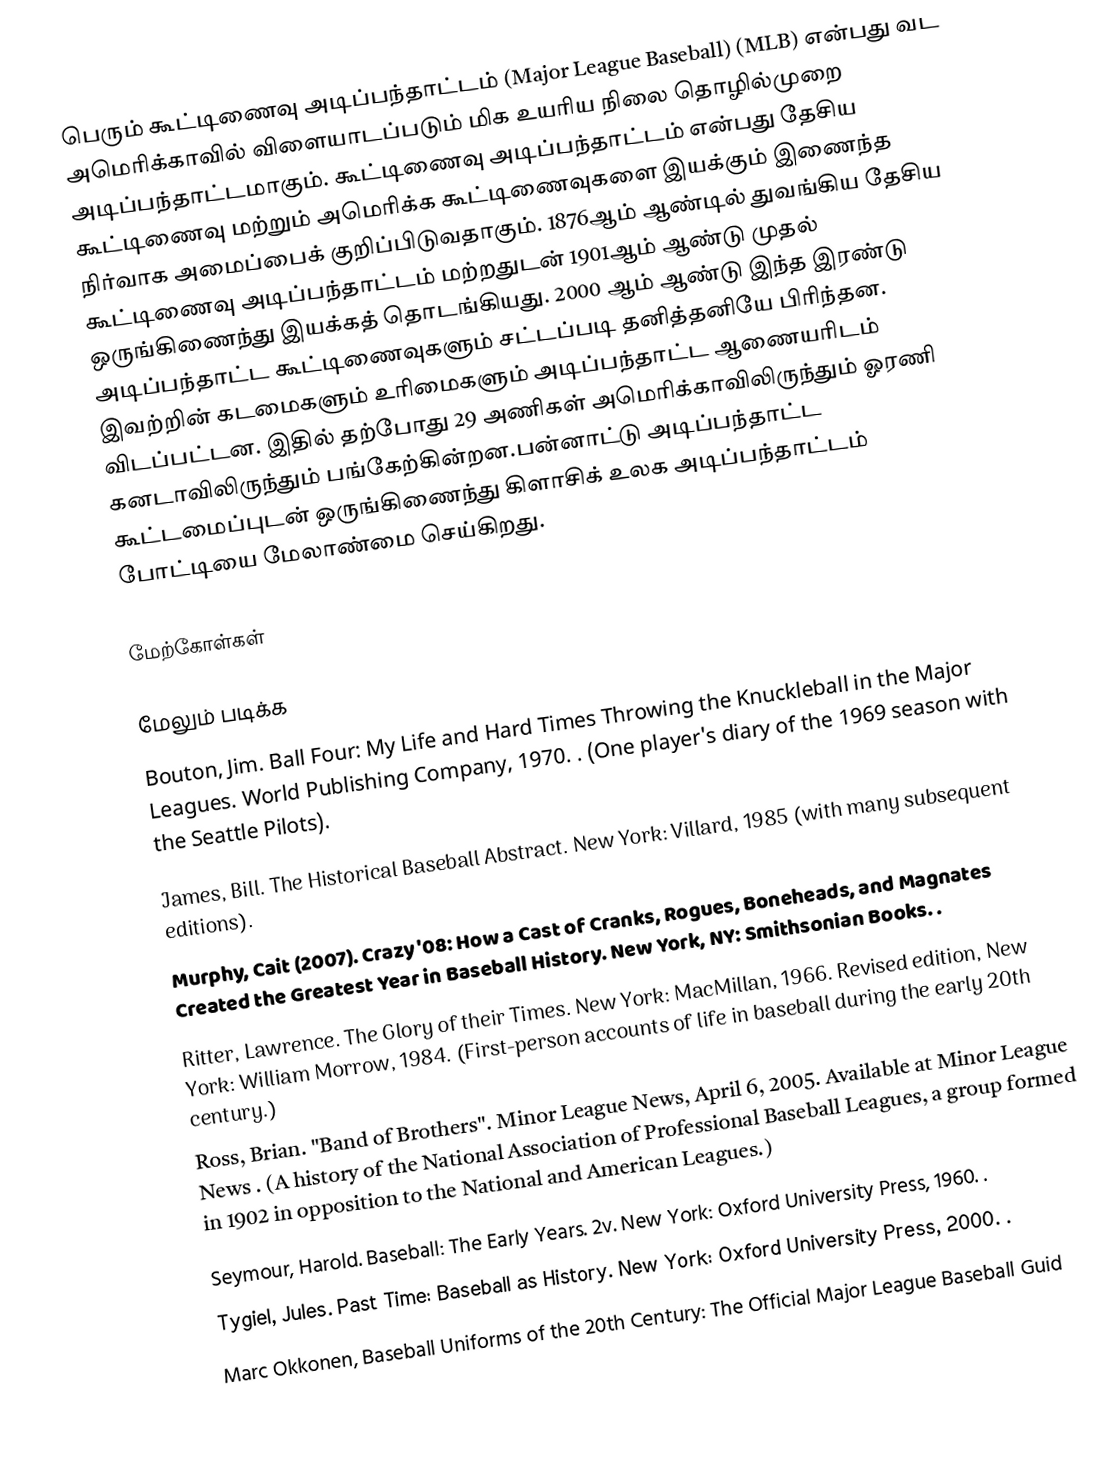
பெரும் கூட்டிணைவு அடிப்பந்தாட்டம்  (Major League Baseball) (MLB) என்பது வட அமெரிக்காவில் விளையாடப்படும் மிக உயரிய நிலை தொழில்முறை அடிப்பந்தாட்டமாகும். கூட்டிணைவு அடிப்பந்தாட்டம் என்பது தேசிய கூட்டிணைவு மற்றும் அமெரிக்க கூட்டிணைவுகளை இயக்கும் இணைந்த நிர்வாக அமைப்பைக் குறிப்பிடுவதாகும். 1876ஆம் ஆண்டில் துவங்கிய தேசிய கூட்டிணைவு அடிப்பந்தாட்டம் மற்றதுடன் 1901ஆம் ஆண்டு முதல் ஒருங்கிணைந்து இயக்கத் தொடங்கியது. 2000 ஆம் ஆண்டு இந்த இரண்டு அடிப்பந்தாட்ட கூட்டிணைவுகளும் சட்டப்படி தனித்தனியே பிரிந்தன. இவற்றின் கடமைகளும் உரிமைகளும் அடிப்பந்தாட்ட ஆணையரிடம் விடப்பட்டன.  இதில் தற்போது 29 அணிகள் அமெரிக்காவிலிருந்தும் ஓரணி கனடாவிலிருந்தும் பங்கேற்கின்றன.பன்னாட்டு அடிப்பந்தாட்ட கூட்டமைப்புடன் ஒருங்கிணைந்து கிளாசிக் உலக அடிப்பந்தாட்டம் போட்டியை மேலாண்மை செய்கிறது.

மேற்கோள்கள்

மேலும் படிக்க
 Bouton, Jim.  Ball Four:  My Life and Hard Times Throwing the Knuckleball in the Major Leagues. World Publishing Company, 1970.  . (One player's  diary of the 1969 season with the Seattle Pilots).
 James, Bill.  The  Historical Baseball Abstract.  New York: Villard, 1985 (with many subsequent editions).
 Murphy, Cait  (2007). Crazy  '08: How a Cast of Cranks, Rogues, Boneheads, and Magnates Created the  Greatest Year in Baseball History.  New York, NY: Smithsonian Books. .
 Ritter, Lawrence. The Glory of their  Times. New York: MacMillan,  1966. Revised edition, New York: William Morrow, 1984. (First-person accounts  of life in baseball during the early 20th century.)
 Ross, Brian.  "Band of Brothers". Minor  League News, April 6, 2005.  Available at  Minor League News . (A history of the National  Association of Professional Baseball Leagues, a group formed in 1902 in  opposition to the National and American Leagues.)
 Seymour,  Harold. Baseball:  The Early Years. 2v. New York:  Oxford University Press, 1960. .
 Tygiel, Jules. Past Time: Baseball as History. New York: Oxford University Press,  2000. .
 Marc Okkonen, Baseball Uniforms  of the 20th Century: The Official Major League Baseball Guid